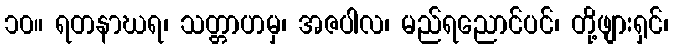
၁၀။ ရတနာဃရ၊ သတ္တာဟမှ၊ အဇပါလ၊ မည်ရညောင်ပင်၊ တို့ဖျားရှင်၊